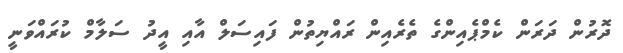
ދޮރުން ދަރަން ކެމްޕެއިންގެ ތެރެއިން ރައްޔިތުން ފައިސަލް އާއި އީދު ސަލާމް ކުރައްވަނީ